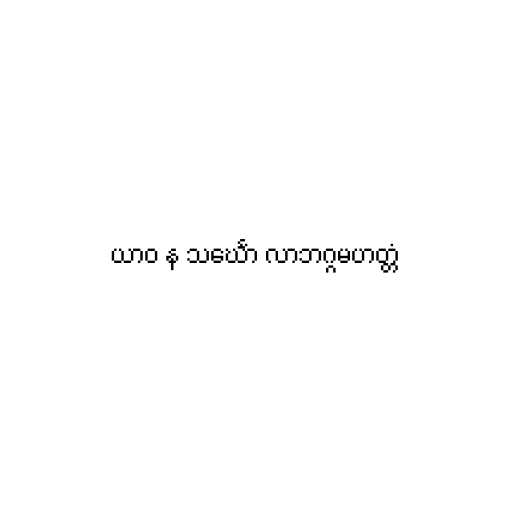
ယာဝ န သင်္ဃော လာဘဂ္ဂမဟတ္တံ